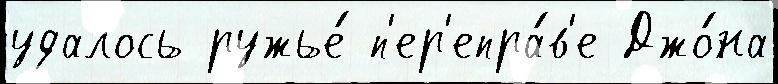
удалось ружье́ п'ер'епра́в'е Джо́на